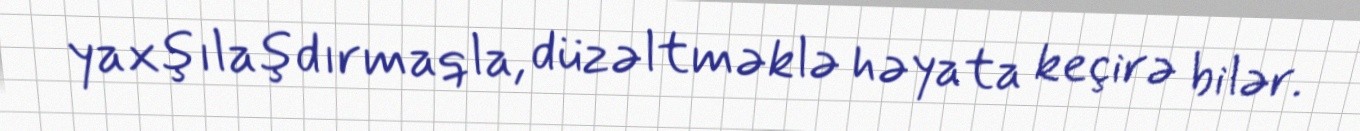
yaxşılaşdırmaqla, düzəltməklə həyata keçirə bilər.